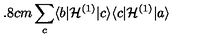
\hspace { - 9 . 8 c m } \sum _ { c } \langle b | { \cal H } ^ { ( 1 ) } | c \rangle \langle c | { \cal H } ^ { ( 1 ) } | a \rangle